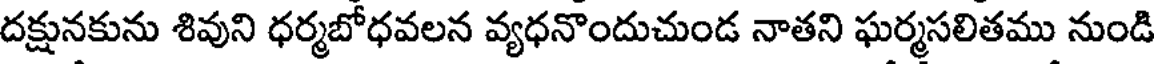
దక్షునకును శివుని ధర్మబోధవలన వ్యధనొందుచుండ నాతని ఘర్మసలితము నుండి